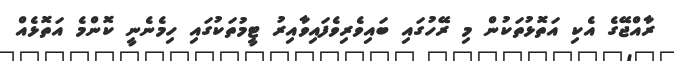
ރާއްޖޭގެ އެކި އަތޮޅުތަކުން މި ރޭހުގައި ބައިވެރިވެފައިވާއިރު ޓީމުތަކުގައި ހިމެނެނީ ކޮންމެ އަތޮޅެއް